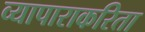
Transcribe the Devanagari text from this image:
व्यापाराकरिता